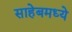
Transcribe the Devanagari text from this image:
साहेबमध्ये